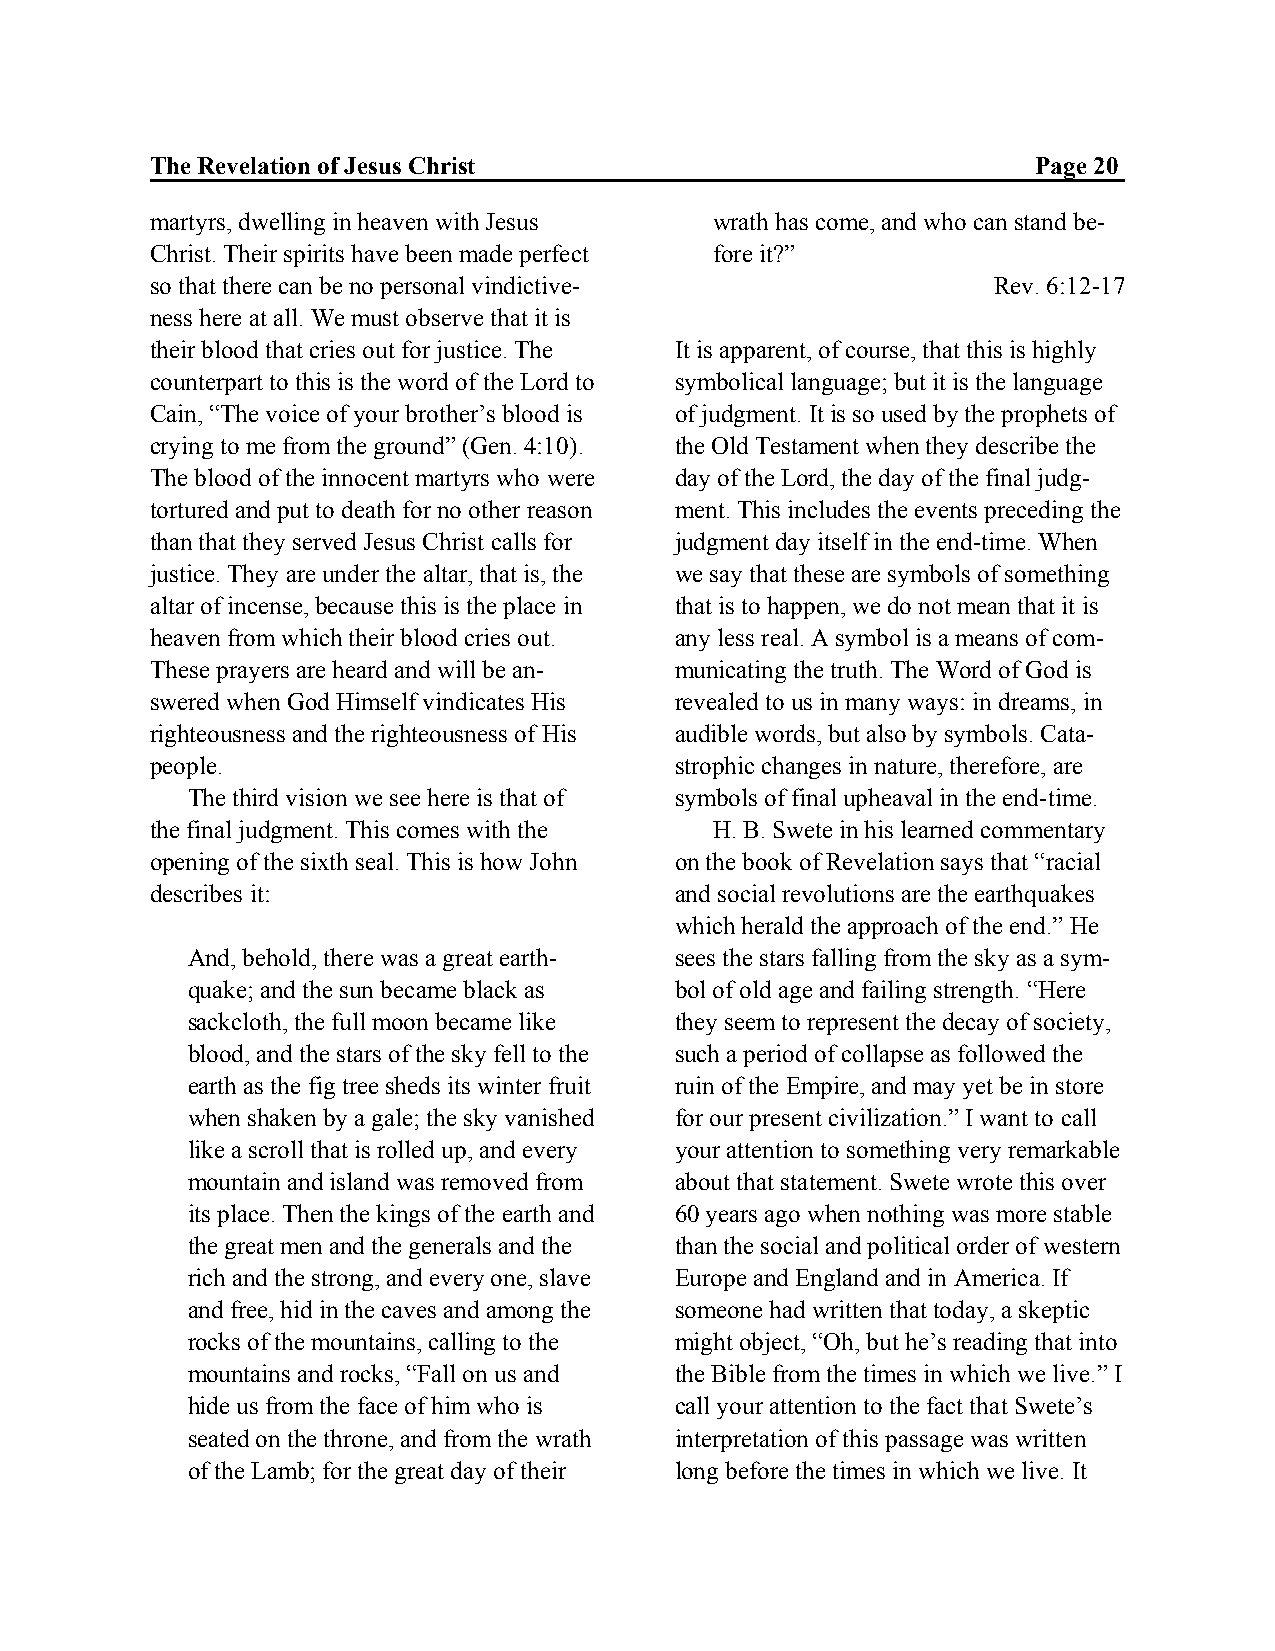
The Revelation of Jesus Christ                             Page 20
 martyrs, dwelling in heaven with Jesus wrath has come, and who can stand be-
 Christ. Their spirits have been made perfect fore it?”
 so that there can be no personal vindictive-            Rev. 6:12-17
 ness here at all. We must observe that it is
 their blood that cries out for justice. The It is apparent, of course, that this is highly
 counterpart to this is the word of the Lord to symbolical language; but it is the language
 Cain, “The voice of your brother’s blood is of judgment. It is so used by the prophets of
 crying to me from the ground” (Gen. 4:10). the Old Testament when they describe the
 The blood of the innocent martyrs who were day of the Lord, the day of the final judg-
 tortured and put to death for no other reason ment. This includes the events preceding the
 than that they served Jesus Christ calls for judgment day itself in the end-time. When
 justice. They are under the altar, that is, the we say that these are symbols of something
 altar of incense, because this is the place in that is to happen, we do not mean that it is
 heaven from which their blood cries out. any less real. A symbol is a means of com-
 These prayers are heard and will be an- municating the truth. The Word of God is
 swered when God Himself vindicates His revealed to us in many ways: in dreams, in
 righteousness and the righteousness of His audible words, but also by symbols. Cata-
 people.                            strophic changes in nature, therefore, are
 The third vision we see here is that of symbols of final upheaval in the end-time.
 the final judgment. This comes with the H. B. Swete in his learned commentary
 opening of the sixth seal. This is how John on the book of Revelation says that “racial
 describes it:                      and social revolutions are the earthquakes
 which herald the approach of the end.” He
 And, behold, there was a great earth- sees the stars falling from the sky as a sym-
 quake; and the sun became black as bol of old age and failing strength. “Here
 sackcloth, the full moon became like they seem to represent the decay of society,
 blood, and the stars of the sky fell to the such a period of collapse as followed the
 earth as the fig tree sheds its winter fruit ruin of the Empire, and may yet be in store
 when shaken by a gale; the sky vanished for our present civilization.” I want to call
 like a scroll that is rolled up, and every your attention to something very remarkable
 mountain and island was removed from about that statement. Swete wrote this over
 its place. Then the kings of the earth and 60 years ago when nothing was more stable
 the great men and the generals and the than the social and political order of western
 rich and the strong, and every one, slave Europe and England and in America. If
 and free, hid in the caves and among the someone had written that today, a skeptic
 rocks of the mountains, calling to the might object, “Oh, but he’s reading that into
 mountains and rocks, “Fall on us and the Bible from the times in which we live.” I
 hide us from the face of him who is call your attention to the fact that Swete’s
 seated on the throne, and from the wrath interpretation of this passage was written
 of the Lamb; for the great day of their long before the times in which we live. It